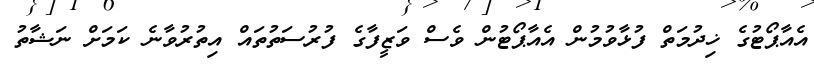
އެއާޕޯޓުގެ ޚިދުމަތް ފުޅާވުމުން އެއާޕޯޓުން ވެސް ވަޒީފާގެ ފުރުސަތުތައް އިތުރުވާނެ ކަމަށް ނަޝާތު